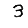
Digit: 3